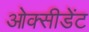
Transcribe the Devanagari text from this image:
ओक्सीडेंट